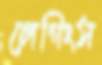
লেগিংস